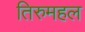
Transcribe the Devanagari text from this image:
तिरुमहल